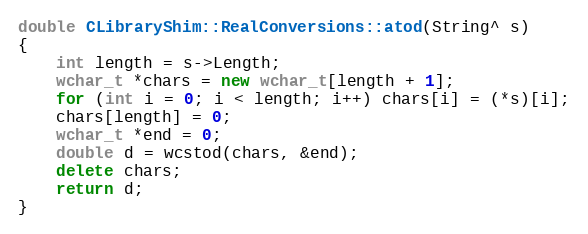
Language: C++
double CLibraryShim::RealConversions::atod(String^ s)
{
    int length = s->Length;
    wchar_t *chars = new wchar_t[length + 1];
    for (int i = 0; i < length; i++) chars[i] = (*s)[i];
    chars[length] = 0;
    wchar_t *end = 0;
    double d = wcstod(chars, &end);
    delete chars;
    return d;
}